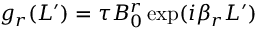
g _ { r } ( L ^ { \prime } ) = \tau B _ { 0 } ^ { r } \exp ( i \beta _ { r } L ^ { \prime } )